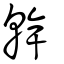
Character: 幹